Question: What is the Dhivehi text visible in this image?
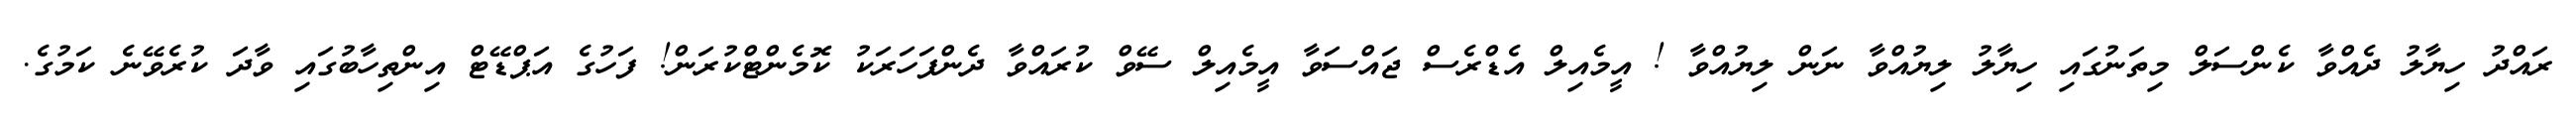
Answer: ރައްދު ހިޔާލު ދެއްވާ ކެންސަލް މިތަނުގައި ހިޔާލު ލިޔުއްވާ ނަން ލިޔުއްވާ ! އީމެއިލް އެޑްރެސް ޖައްސަވާ އީމެއިލް ސޭވް ކުރައްވާ ދެންފަހަރަކު ކޮމެންޓްކުރަން! ފަހުގެ އަޕްޑޭޓް އިންތިހާބުގައި ވާދަ ކުރެވޭނެ ކަމުގެ.